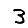
Digit: 3